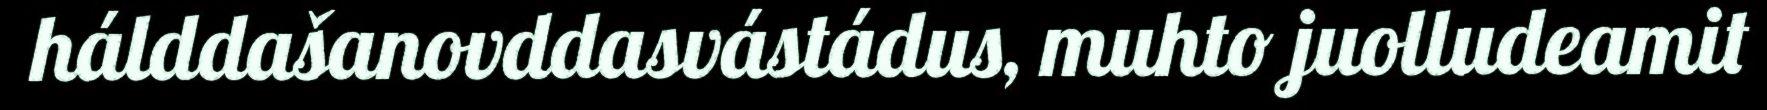
hálddašanovddasvástádus, muhto juolludeamit